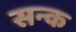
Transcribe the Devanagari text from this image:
सन्क